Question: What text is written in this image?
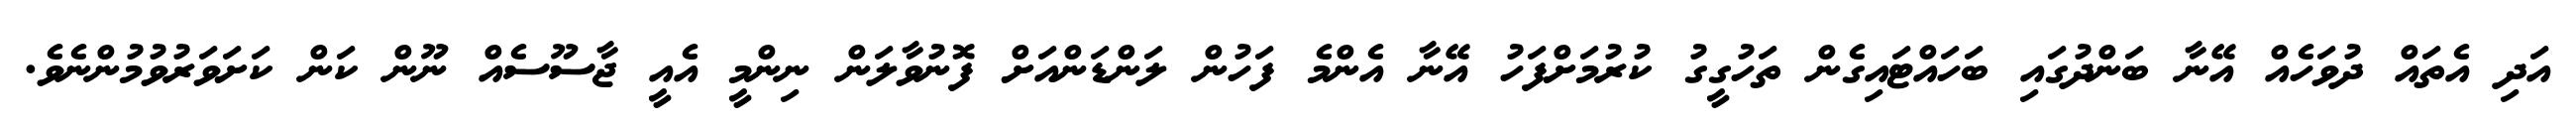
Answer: އަދި އެތައް ދުވަހެއް އޭނާ ބަންދުގައި ބަހައްޓައިގެން ތަހުގީގު ކުރުމަށްފަހު އޭނާ އެންމެ ފަހުން ލަންޑަންއަށް ފޮނުވާލަން ނިންމީ އެއީ ޖާސޫސެއް ނޫން ކަން ކަށަވަރުވުމުންނެވެ.